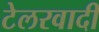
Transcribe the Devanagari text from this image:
टेलरवादी